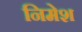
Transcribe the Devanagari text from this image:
निमेश